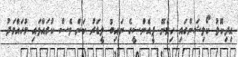
އިދިކޮޅު ކޯލިޝަންގައި ހިމެނޭ ޕީއެންސީގެ ނައިބު ލީޑަރު ކަން ވެސް ކުރައްވައި މުހައްމަދު